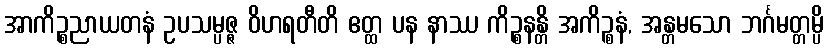
အာကိဉ္စညာယတနံ ဥပသမ္ပဇ္ဇ ဝိဟရတီတိ ဧတ္ထ ပန နာဿ ကိဉ္စနန္တိ အကိဉ္စနံ, အန္တမသော ဘင်္ဂမတ္တမ္ပိ